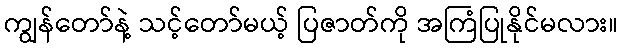
ကျွန်တော်နဲ့ သင့်တော်မယ့် ပြဇာတ်ကို အကြံပြုနိုင်မလား။